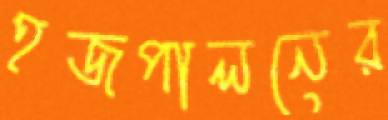
হজপালনের